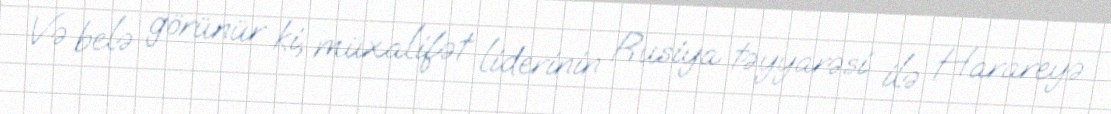
Və belə görünür ki, müxalifət liderinin Rusiya təyyarəsi ilə Harareyə